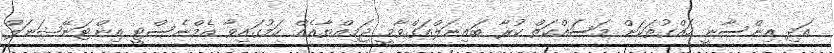
އަދި އިންސާނީ ހައްގުތަކަށް މަސައްކަތް ކުރާ ބައިނަލްއަގްވާމީ ޖަމިއްޔާއެއް ކަމުގައިވާ އެމްނެސްޓީ އިންޓަނޭޝަނަލް